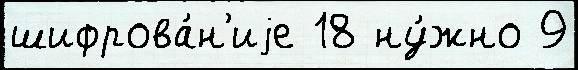
шифрова́н'иjе 18 ну́жно 9